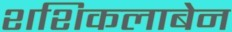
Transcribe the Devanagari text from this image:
शशिकलाबेन